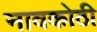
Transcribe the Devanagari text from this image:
नावकोठी